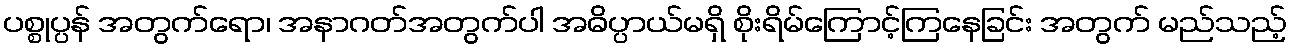
ပစ္စုပ္ပန် အတွက်ရော၊ အနာဂတ်အတွက်ပါ အဓိပ္ပာယ်မရှိ စိုးရိမ်ကြောင့်ကြနေခြင်း အတွက် မည်သည့်